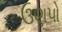
ઉણપો